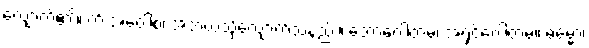
လျှောက်၏။ ကိံ အဝေါစ၊ အဘယ်သို့လျှောက်သနည်း။ ဘောဂေါတမ၊ အရှင်ဂေါတမ။ ဓမ္မော၊